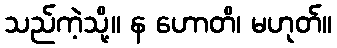
သည်ကဲ့သို့။ န ဟောတိ၊ မဟုတ်။